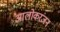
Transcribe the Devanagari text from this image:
आलोकरंजन